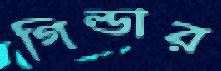
গিল্ডার